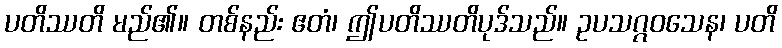
ပတိဿတိ မည်၏။ တစ်နည်း ဧတံ၊ ဤပတိဿတိပုဒ်သည်။ ဥပသဂ္ဂဝသေန၊ ပတိ